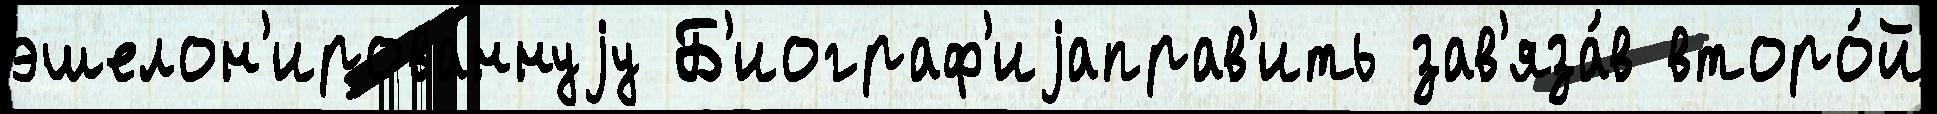
эшелон'ированнуjу Б'иограф'иjаправ'ить зав'яза́в второ́й